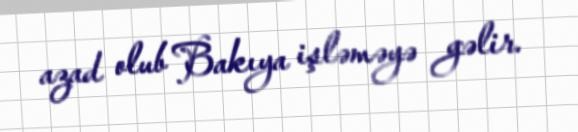
azad olub Bakıya işləməyə gəlir.